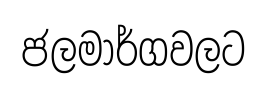
ජලමාර්ගවලට